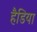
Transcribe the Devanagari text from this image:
हैडिया